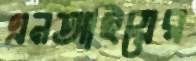
এনআইয়ের